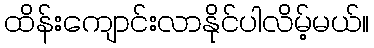
ထိန်းကျောင်းလာနိုင်ပါလိမ့်မယ်။